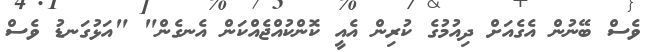
ވެސް ބޭނުން އެގެއަށް ދިއުމުގެ ކުރިން އެއީ ކޮންކުއްޖެއްކަން އެނގެން" "އަޅުގަނޑު ވެސް